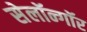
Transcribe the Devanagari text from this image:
सेलॉन्गॉर